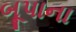
બૂપાના